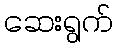
ဆေးရွက်